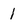
Character: 1